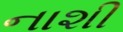
નાશી